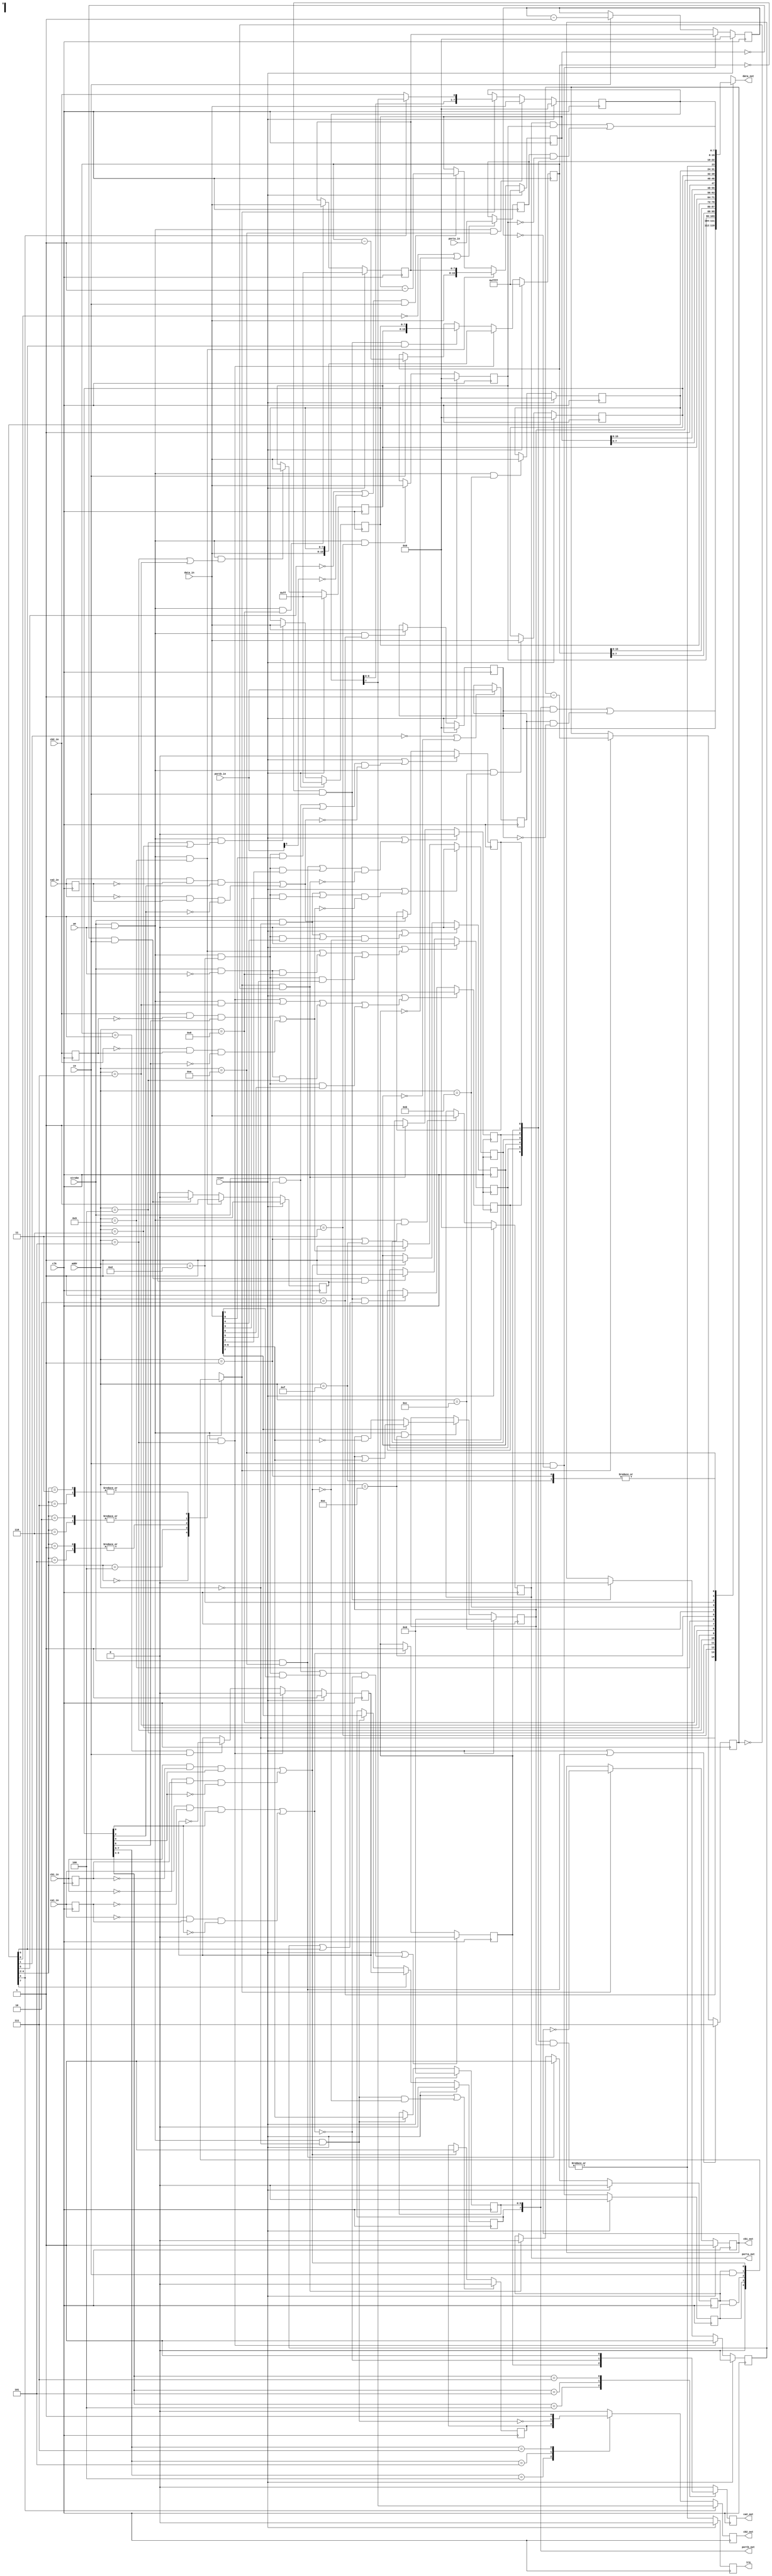
`timescale 1ns / 1ps
//////////////////////////////////////////////////////////////////////////////
//
// 
//
// Module Name: via6522
//
// Description:
//
//	A simple implementation of the 6522 Versatile Interface Adapter (VIA).
//	Tri-state lines aren't used.  Instead,  All PIA I/O signals have
//	seperate "in" and "out" signals.  Wire or ignore appropriately.
//
//	A seperate "slow clock" (a synchronous pulse) runs the timers.
//	Typically, it's 1Mhz.
//
/////////////////////////////////////////////////////////////////////////////
//////////////////////////////////////////////////////////////////////////////
//
// Copyright (C) 2011, Thomas Skibo.  All rights reserved.
// 
// Redistribution and use in source and binary forms, with or without
// modification, are permitted provided that the following conditions are met:
// * Redistributions of source code must retain the above copyright
//   notice, this list of conditions and the following disclaimer.
// * Redistributions in binary form must reproduce the above copyright
//   notice, this list of conditions and the following disclaimer in the
//   documentation and/or other materials provided with the distribution.
// * The names of contributors may not be used to endorse or promote products
//   derived from this software without specific prior written permission.
// 
// THIS SOFTWARE IS PROVIDED BY THE COPYRIGHT HOLDERS AND CONTRIBUTORS "AS IS"
// AND ANY EXPRESS OR IMPLIED WARRANTIES, INCLUDING, BUT NOT LIMITED TO, THE
// IMPLIED WARRANTIES OF MERCHANTABILITY AND FITNESS FOR A PARTICULAR PURPOSE
// ARE DISCLAIMED. IN NO EVENT SHALL Thomas Skibo OR CONTRIBUTORS BE LIABLE FOR
// ANY DIRECT, INDIRECT, INCIDENTAL, SPECIAL, EXEMPLARY, OR CONSEQUENTIAL
// DAMAGES (INCLUDING, BUT NOT LIMITED TO, PROCUREMENT OF SUBSTITUTE GOODS OR
// SERVICES; LOSS OF USE, DATA, OR PROFITS; OR BUSINESS INTERRUPTION) HOWEVER
// CAUSED AND ON ANY THEORY OF LIABILITY, WHETHER IN CONTRACT, STRICT
// LIABILITY, OR TORT (INCLUDING NEGLIGENCE OR OTHERWISE) ARISING IN ANY WAY
// OUT OF THE USE OF THIS SOFTWARE, EVEN IF ADVISED OF THE POSSIBILITY OF
// SUCH DAMAGE.
//
//////////////////////////////////////////////////////////////////////////////

module via6522
(
	output reg [7:0] data_out,	// cpu interface
	input      [7:0] data_in,
	input      [3:0] addr,
	input            strobe,
	input            we,

	output reg       irq,
 
	output reg [7:0] porta_out,
	input      [7:0] porta_in,
	output reg [7:0] portb_out,
	input      [7:0] portb_in,

	input            ca1_in,
	output reg       ca2_out,
	input            ca2_in,
	output reg       cb1_out,
	input            cb1_in,
	output reg       cb2_out,
	input            cb2_in,

	input            ce,
	input            clk,
	input            reset
);

// Register address offsets
parameter [3:0]
	ADDR_PORTB     = 4'h0,
	ADDR_PORTA     = 4'h1,
	ADDR_DDRB      = 4'h2,
	ADDR_DDRA      = 4'h3,
	ADDR_TIMER1_LO = 4'h4,
	ADDR_TIMER1_HI = 4'h5,
	ADDR_TIMER1_LATCH_LO = 4'h6,
	ADDR_TIMER1_LATCH_HI = 4'h7,
	ADDR_TIMER2_LO = 4'h8,
	ADDR_TIMER2_HI = 4'h9,
	ADDR_SR        = 4'ha,
	ADDR_ACR       = 4'hb,
	ADDR_PCR       = 4'hc,
	ADDR_IFR       = 4'hd,
	ADDR_IER       = 4'he,
	ADDR_PORTA_NH  = 4'hf;

wire	wr_strobe = strobe && we;
wire	rd_strobe = strobe && !we;

///////////////////////////////////////////////////
// IER - Interrupt Enable Register
reg [6:0] 	ier;

always @(posedge clk) begin
	if (reset) ier <= 7'd0;
	else if (wr_strobe && addr == ADDR_IER) ier <= data_in[7] ? (ier | data_in[6:0]) : (ier & ~data_in[6:0]);
end

////////////////////////////////////////////////////
// PCR - Peripheral Control Register
reg [7:0] 	pcr;
 
always @(posedge clk) begin
	if (reset) pcr <= 8'h00;
	else if (wr_strobe && addr == ADDR_PCR) pcr <= data_in;
end

//////////////////////////////////////////////////////
// ACR - Auxiliary Control Register
reg [7:0] 	acr;
 
always @(posedge clk) begin
	if (reset) acr <= 8'h00;
	else if (wr_strobe && addr == ADDR_ACR) acr <= data_in;
end

/////////////////////////////////////////////////////
// PORTs and DDRs
reg [7:0] 	ddra;   
reg [7:0] 	ddrb;
reg 	pb7_nxt; // generated by timer1 logic, used when acr7 is set

// Implement PORTA (out)
always @(posedge clk) begin
	if (reset) porta_out <= 8'h00;
	else if (wr_strobe && (addr == ADDR_PORTA || addr == ADDR_PORTA_NH)) porta_out <= data_in;
end

// Implement DDRA
always @(posedge clk) begin
	if (reset) ddra <= 8'h00;
	else if (wr_strobe && addr == ADDR_DDRA) ddra <= data_in;
end

// Implement PORTB (out).
always @(posedge clk) begin
	if (reset) portb_out[6:0] <= 7'h00;
	else if (wr_strobe && addr == ADDR_PORTB) portb_out[6:0] <= data_in[6:0];
end

always @(posedge clk) begin
	if (reset) portb_out[7] <= 1'b0;
	else if (acr[7]) portb_out[7] <= pb7_nxt;
	else if (wr_strobe && addr == ADDR_PORTB) portb_out[7] <= data_in[7];
end

// Implement DDRB
always @(posedge clk) begin
	if (reset) ddrb <= 8'h00;
	else if (wr_strobe && addr == ADDR_DDRB) ddrb <= data_in;
end

////////////////////////////////////////////////////////
// CA interrupt logic
reg irq_ca1;
reg irq_ca2;

// CA1 and CA2 transition logic.
reg ca1_in_1;
reg ca2_in_1;
always @(posedge clk) begin
	ca1_in_1 <= ca1_in;
	ca2_in_1 <= ca2_in;
end

// detect "active" transitions.
wire	ca1_act_trans = ((ca1_in && !ca1_in_1 && pcr[0]) ||
                      (!ca1_in && ca1_in_1 && !pcr[0]));
wire 	ca2_act_trans = ((ca2_in && !ca2_in_1 && pcr[2]) ||
                      (!ca2_in && ca2_in_1 && !pcr[2]));

 // logic for clearing CA1 and CA2 interrupt bits.
wire 	irq_ca1_clr = ((strobe && addr == ADDR_PORTA) ||
                    (wr_strobe && addr == ADDR_IFR && data_in[1]));
wire 	irq_ca2_clr = ((strobe && addr == ADDR_PORTA) ||
                    (wr_strobe && addr == ADDR_IFR && data_in[0]));

always @(posedge clk) begin
	if (reset || (irq_ca1_clr && !ca1_act_trans)) irq_ca1 <= 1'b0;
	else if (ca1_act_trans) irq_ca1 <= 1'b1;
end

always @(posedge clk) begin
	if (reset || (irq_ca2_clr && !ca2_act_trans)) irq_ca2 <= 1'b0;
	else if (ca2_act_trans) irq_ca2 <= 1'b1;
end


////////////////////////////////////////////////////////
// CB logic
reg irq_cb1;
reg irq_cb2;

// transition logic
reg cb1_in_1;
reg cb2_in_1;
always @(posedge clk) begin
	cb1_in_1 <= cb1_in;
	cb2_in_1 <= cb2_in;
end

// detect "active" transitions.
wire cb1_act_trans = ((cb1_in && !cb1_in_1 && pcr[4]) ||
                     (!cb1_in && cb1_in_1 && !pcr[4]));
wire cb2_act_trans = ((cb2_in && !cb2_in_1 && pcr[6]) ||
                     (!cb2_in && cb2_in_1 && !pcr[6]));

// logic for clearing CB1 and CB2 interrupt bits.
wire irq_cb1_clr = ((strobe && addr == ADDR_PORTB) ||
                    (wr_strobe && addr == ADDR_IFR && data_in[4]));
wire irq_cb2_clr = ((strobe && addr == ADDR_PORTB) ||
                    (wr_strobe && addr == ADDR_IFR && data_in[3]));
 
always @(posedge clk) begin
	if (reset || (irq_cb1_clr && !cb1_act_trans)) irq_cb1 <= 1'b0;
	else if (cb1_act_trans) irq_cb1 <= 1'b1;
end
 
always @(posedge clk) begin
	if (reset || (irq_cb2_clr && !cb2_act_trans)) irq_cb2 <= 1'b0;
	else if (cb2_act_trans) irq_cb2 <= 1'b1;
end

///////////////////////////////////////////////////
// CA2/CB2 output modes
always @(posedge clk) begin
	case (pcr[3:1])
		3'b100:  ca2_out <= irq_ca1;
		3'b101:  ca2_out <= !ca1_act_trans;
		3'b111:  ca2_out <= 1'b1;
		default: ca2_out <= 1'b0;
	endcase
end

reg  cb2_out_r;
wire portb_wr_strobe = wr_strobe && addr == ADDR_PORTB;
wire cb2_sr_out;

always @(posedge clk) begin
	if (reset || (portb_wr_strobe && !cb1_act_trans)) cb2_out_r <= 1'b0;
	else if (cb1_act_trans) cb2_out_r <= 1'b1;
end

always @(posedge clk) begin
	if (acr[4]) cb2_out <= cb2_sr_out;
	else begin
		case (pcr[7:5])
			3'b100:  cb2_out <= cb2_out_r;
			3'b101:  cb2_out <= !portb_wr_strobe;
			3'b111:  cb2_out <= 1'b1;
			default: cb2_out <= 1'b0;
		endcase
	end
end
   
//////////////////////////////////////////////////////////
// Implement PORTA (in) latch
reg [7:0] porta_in_r;
always @(posedge clk) begin
	if (!acr[0] || !irq_ca1) porta_in_r <= porta_in;
end

// Implement PORTB (in) latch
reg [7:0] portb_in_r;
always @(posedge clk) begin
	if (!acr[1] || !irq_cb1) portb_in_r <= portb_in;
end

///////////////////////////////////////////////////
// Timers
reg [15:0] timer1;
reg [7:0]  timer1_latch_lo;
reg [7:0]  timer1_latch_hi;
 
reg [15:0] timer2;
reg [7:0]  timer2_latch_lo;

reg        irq_t1_one_shot;
reg        irq_t1;
reg        irq_t2_one_shot;
reg        irq_t2;

// TIMER1
always @(posedge clk) begin
	if (reset) timer1 <= 16'hffff;
	else if (wr_strobe && addr == ADDR_TIMER1_HI) timer1 <= {data_in, timer1_latch_lo};
	else if (timer1 == 16'h0000 && ce && acr[6]) timer1 <= {timer1_latch_hi, timer1_latch_lo};
	else if (ce) timer1 <= timer1 - 1'b1;
end

// T1 latch lo
always @(posedge clk) begin
	if (reset) timer1_latch_lo <= 8'hff;
	else if (wr_strobe && (addr == ADDR_TIMER1_LO || addr == ADDR_TIMER1_LATCH_LO)) timer1_latch_lo <= data_in;
end

// T1 latch hi
always @(posedge clk) begin
	if (reset) timer1_latch_hi <= 8'hff;
	else if (wr_strobe && (addr == ADDR_TIMER1_HI || addr == ADDR_TIMER1_LATCH_HI)) timer1_latch_hi <= data_in;
end

// "one-shot" logic so we only get an interrupt on first counter roll-over
always @(posedge clk) begin
	if (reset) irq_t1_one_shot <= 1'b0;
	else if (wr_strobe && addr == ADDR_TIMER1_HI) irq_t1_one_shot <= 1'b1;
	else if (timer1 == 16'h0000 && ce) irq_t1_one_shot <= 1'b0;
end

// T1 interrupt set and clear logic
wire irq_t1_set = (timer1 == 16'h0000 && ce && (irq_t1_one_shot || acr[6]));
wire irq_t1_clr = ((wr_strobe && addr == ADDR_TIMER1_HI) ||
                   (wr_strobe && addr == ADDR_TIMER1_LATCH_HI) ||
                   (rd_strobe && addr == ADDR_TIMER1_LO) ||
                   (wr_strobe && addr == ADDR_IFR && data_in[6]));

// T1 IRQ
always @(posedge clk) begin
	if (reset || irq_t1_clr) irq_t1 <= 1'b0;
	else if (irq_t1_set) irq_t1 <= 1'b1;
end

// I forget what this is for
always @(posedge clk) begin
	if (reset) pb7_nxt <= 1'b1;
	else if (wr_strobe && addr == ADDR_TIMER1_HI) pb7_nxt <= 1'b0;
	else if (timer1 == 16'h0001 && ce) pb7_nxt <= !pb7_nxt;
end

// TIMER2
always @(posedge clk) begin
	if (reset) timer2 <= 16'hffff;
	else if (wr_strobe && addr == ADDR_TIMER2_HI) timer2 <= {data_in, timer2_latch_lo};
	else if ((!acr[5] || !portb_in[6]) && ce) timer2 <= timer2 - 1'b1;
end

// T2 latch lo (i.e. writes to T2L)
always @(posedge clk) begin
	if (reset) timer2_latch_lo <= 8'hff;
	else if (wr_strobe && addr == ADDR_TIMER2_LO) timer2_latch_lo <= data_in;
end

// T2 IRQ "one-shot" logic
always @(posedge clk) begin
	if (reset) irq_t2_one_shot <= 1'b0;
	else if (wr_strobe && addr == ADDR_TIMER2_HI) irq_t2_one_shot <= 1'b1;
	else if (timer2 == 16'h0000 && ce) irq_t2_one_shot <= 1'b0;
end

// T2 IRQ set and clear logic
wire irq_t2_set = (timer2 == 16'h0000 && ce && irq_t2_one_shot);
wire irq_t2_clr = ((wr_strobe && addr == ADDR_TIMER2_HI) ||
                   (rd_strobe && addr == ADDR_TIMER2_LO) ||
                   (wr_strobe && addr == ADDR_IFR && data_in[5]));

// T2 IRQ
always @(posedge clk) begin
	if (reset || irq_t2_clr) irq_t2 <= 1'b0;
	else if (irq_t2_set) irq_t2 <= 1'b1;
end


////////////////////////////////////////////////////////
// SR - shift register
reg [7:0] sr;
reg [2:0] sr_cntr;
reg [7:0] sr_clk_div_ctr;
reg       sr_clk_div;
reg       irq_sr;
reg       sr_go;
reg       do_shift;

always @(posedge clk) begin
	if (reset) sr <= 8'h00;
	else if (wr_strobe && addr == ADDR_SR) sr <= data_in;
	else if (do_shift) sr <= { sr[6:0], (acr[4] ? sr[7] : cb2_in) };
end

assign cb2_sr_out = sr[7];

always @(posedge clk) begin
	if (reset) sr_clk_div_ctr <= 8'd0;
	else if (ce && sr_clk_div_ctr == 8'd0) sr_clk_div_ctr <= timer2_latch_lo;
	else if (ce) sr_clk_div_ctr <= sr_clk_div_ctr - 1'b1;
end

always @(posedge clk) begin
	if (reset) sr_clk_div <= 1'b0;
	else sr_clk_div <= (ce && sr_clk_div_ctr == 8'd0);
end

always @(posedge clk) begin
	if (reset || (strobe && addr == ADDR_SR)) sr_cntr <= 3'd7;
	else if (do_shift) sr_cntr <= sr_cntr - 1'b1;
end

// SR IRQ set and clr logic
wire irq_sr_set = do_shift && sr_cntr == 3'b000;
wire irq_sr_clr = ((strobe && addr == ADDR_SR) || (wr_strobe && addr == ADDR_IFR && data_in[2]));

// SR IRQ
always @(posedge clk) begin
	if (reset || (irq_sr_clr && !irq_sr_set)) irq_sr <= 1'b0;
	else if (irq_sr_set) irq_sr <= 1'b1;
end

always @(posedge clk) begin
	if (reset) sr_go <= 1'b0;
	else if (strobe && addr == ADDR_SR) sr_go <= 1'b1;
	else if (irq_sr_set) sr_go <= 1'b0;
end

// cominatorial logic for do_shift signal.
always @(sr_clk_div or ce or cb1_act_trans or sr_go or acr) begin
	case (acr[4:2])
		3'b000: do_shift = 1'b0;
		3'b100: do_shift = sr_clk_div;
		3'b001,
		3'b101: do_shift = (sr_go && sr_clk_div);
		3'b010,
		3'b110: do_shift = (sr_go && ce);
		3'b011,
		3'b111: do_shift = cb1_act_trans;
	endcase
end

always @(posedge clk) begin
	if (reset) cb1_out <= 1'b1;
	else if (do_shift) cb1_out <= !cb1_out;
end

////////////////////////////////////////////////////////
// IRQ and enable logic.
//

// IFR register (not including bit 7)
wire [6:0] ifr = { irq_t1, irq_t2, irq_cb1, irq_cb2, irq_sr, irq_ca1, irq_ca2 };

// IRQ combinatorial logic
wire irq_p = |{ (ifr & ier) };
 
// IRQ output
always @(posedge clk) begin
	if (reset) irq <= 1'b0;
	else irq <= irq_p;
end

///////////////////////////////////////////////////
// Read data mux
wire [7:0] porta = (porta_out & ddra) | (porta_in_r & ~ddra);
wire [7:0] portb = (portb_out & ddrb) | (portb_in_r & ~ddrb);

always @(*) begin
	case (addr)
		ADDR_PORTB:           data_out = portb;
		ADDR_PORTA:           data_out = porta;
		ADDR_DDRB:            data_out = ddrb;
		ADDR_DDRA:            data_out = ddra;
		ADDR_TIMER1_LO:       data_out = timer1[7:0];
		ADDR_TIMER1_HI:       data_out = timer1[15:8];
		ADDR_TIMER1_LATCH_LO: data_out = timer1_latch_lo;
		ADDR_TIMER1_LATCH_HI: data_out = timer1_latch_hi;
		ADDR_TIMER2_LO:       data_out = timer2[7:0];
		ADDR_TIMER2_HI:       data_out = timer2[15:8];
		ADDR_IER:             data_out = {1'b1, ier};
		ADDR_PCR:             data_out = pcr;
		ADDR_ACR:             data_out = acr;
		ADDR_IFR:             data_out = {irq_p, ifr};
		ADDR_SR:              data_out = sr;
		ADDR_PORTA_NH:        data_out = porta;
		default:              data_out = 8'hXX;
	endcase
end

endmodule // via6522